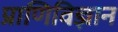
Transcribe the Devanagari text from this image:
प्राणिविज्ञान